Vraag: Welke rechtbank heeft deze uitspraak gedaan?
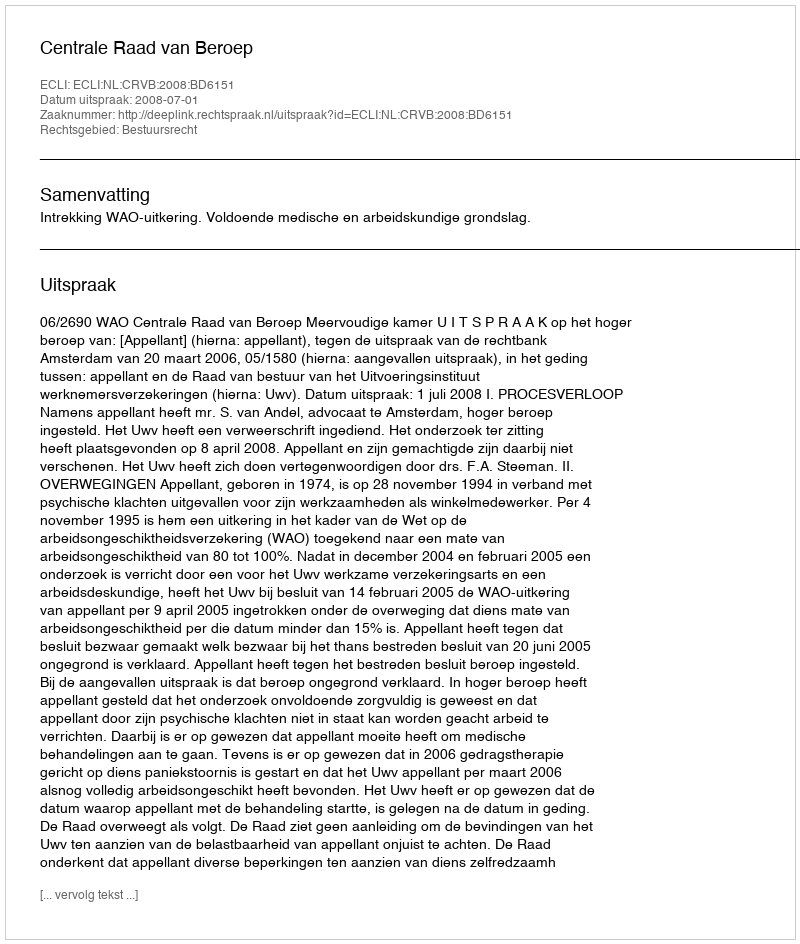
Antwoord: Centrale Raad van Beroep